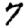
Digit: 7